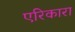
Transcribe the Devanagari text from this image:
एरिकारा